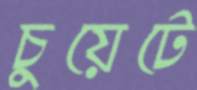
চুয়েটে